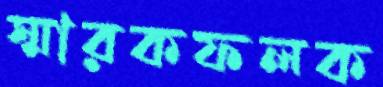
স্মারকফলক